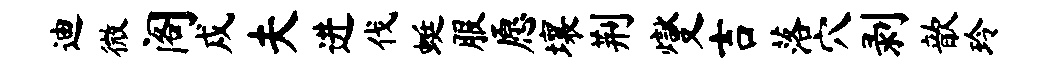
迪微阁戍夫进伐蜓服愿壤荆燮吉落穴剥歆玲